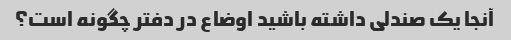
آنجا یک صندلی داشته باشید اوضاع در دفتر چگونه است؟